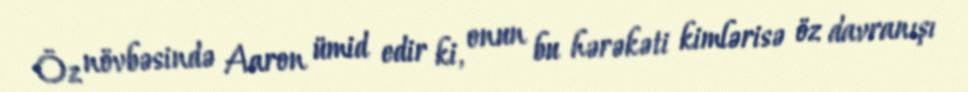
Öz növbəsində Aaron ümid edir ki, onun bu hərəkəti kimlərisə öz davranışı